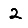
Digit: 2